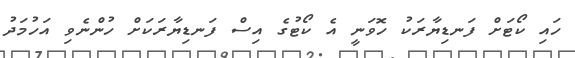
ހައި ކޯޓަށް ފަނޑިޔާރަކު ހޮވަނީ އެ ކޯޓުގެ އިސް ފަނޑިޔާރަކަށް ހުންނެވި އަހުމަދު